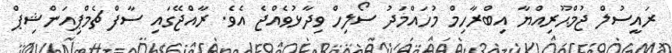
ރައީސުލް ޖުމްޙޫރިއްޔާ އިބްރާހިމް މުހައްމަދު ސޯލިހް ވިދާޅުވެއްޖެ އެވެ. ރާއްޖޭގައި ސާފް ޗެމްޕިއަންޝިޕް